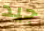
جيد